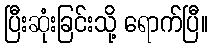
ပြီးဆုံးခြင်းသို့ ရောက်ပြီ။